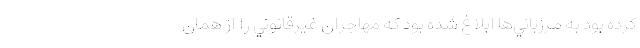
كرده بود به مرزباني‌ها ابلاغ شده بود كه مهاجران غيرقانوني را از همان